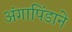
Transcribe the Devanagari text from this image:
अंगापिंडाने